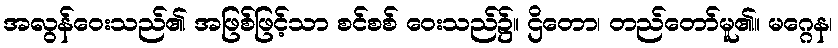
အလွန်ဝေးသည်၏ အဖြစ်ဖြင့်သာ စင်စစ် ဝေးသည်၌။ ဌိတော၊ တည်တော်မူ၏။ မဂ္ဂေန၊